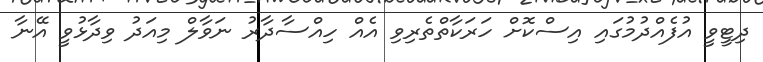
ދިޓީވީ އުފެއްދުމުގައި އިސްކޮށް ހަރަކާތްތެރިވި އެއް ހިއްސާދާރު ނަވާލް މިއަދު ވިދާޅުވީ އޭނާ